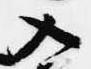
入